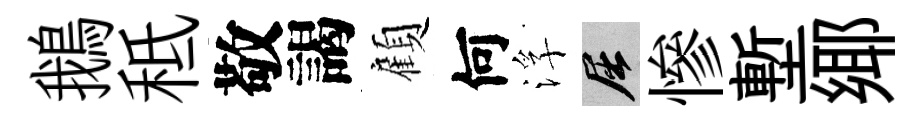
鵝秪敬謁顧何浮屈慘塹鄊